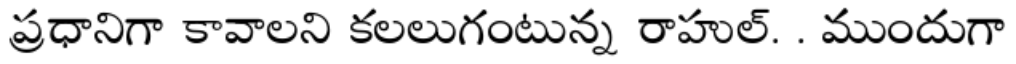
ప్రధానిగా కావాలని కలలుగంటున్న రాహుల్. . ముందుగా